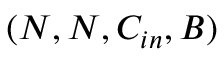
( N , N , C _ { i n } , B )